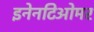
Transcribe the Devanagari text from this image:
इनेनटिओमर